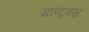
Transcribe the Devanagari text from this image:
मॉण्ट्रक्स